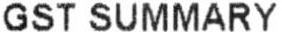
GST SUMMARY